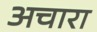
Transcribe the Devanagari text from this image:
अचारा